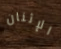
الإثنان